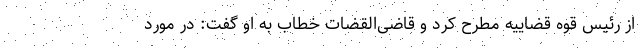
از رئیس قوه قضاییه مطرح کرد و قاضی‌القضات خطاب به او گفت: در مورد